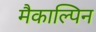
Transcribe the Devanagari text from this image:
मैकाल्पिन